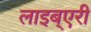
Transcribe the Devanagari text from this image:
लाइब्एरी